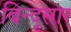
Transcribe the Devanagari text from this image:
बिन्दूसार